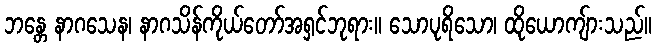
ဘန္တေ နာဂသေန၊ နာဂသိန်ကိုယ်တော်အရှင်ဘုရား။ သောပုရိသော၊ ထိုယောကျ်ားသည်။